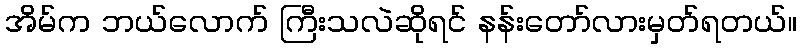
အိမ်က ဘယ်လောက် ကြီးသလဲဆိုရင် နန်းတော်လားမှတ်ရတယ်။